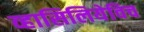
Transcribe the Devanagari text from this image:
व्हासिलियेविच